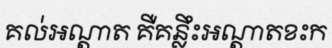
គល់អណ្តាត គឺគន្លឹះអណ្តាតខះក